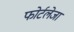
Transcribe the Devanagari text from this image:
फोर्टलेजा